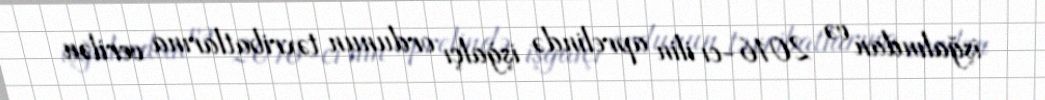
işğalından və 2016-cı ilin aprelində işğalçı ordunun təxribatlarına verilən